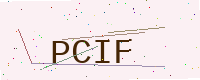
Text: PCIF